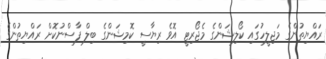
ރައްޔިތުންގެ މަޖިލީހުގައި ކޯލިޝަންގެ މެޖޯރިޓީ އޮވެ ރިޔާސީ ކޮމިޝަންގެ ބިލް ފާސްނުކޮށް ރައްޔިތުންގެ